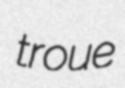
troue